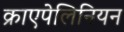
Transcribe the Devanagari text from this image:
क्राएपेलिनियन